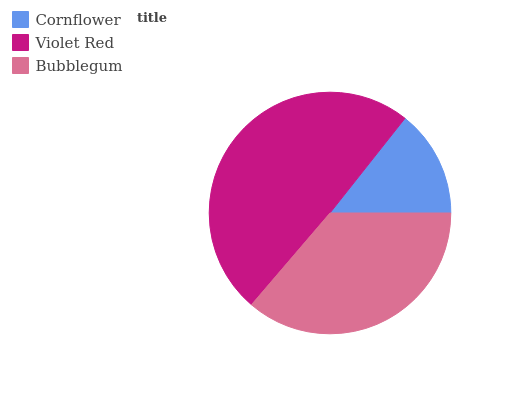
| Cornflower | Violet Red | Bubblegum |
 | --- | --- | --- |
 | 14.3% | 49.4% | 36.3% |